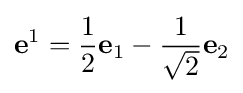
\mathbf {e} ^{1}={\frac {1}{2}}\mathbf {e} _{1}-{\frac {1}{\sqrt {2}}}\mathbf {e} _{2}